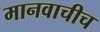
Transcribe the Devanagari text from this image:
मानवाचीच